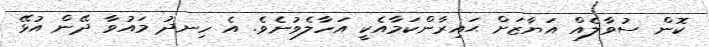
ކޮން ސުވާލެއް އަޔާޒަށް ޙައިރާންކަމާއެކީ އަހާލެވުނެވެ. އެ ހިނދު މައުވާ ދޭން އުޅޭ